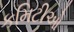
કમિટીઓ